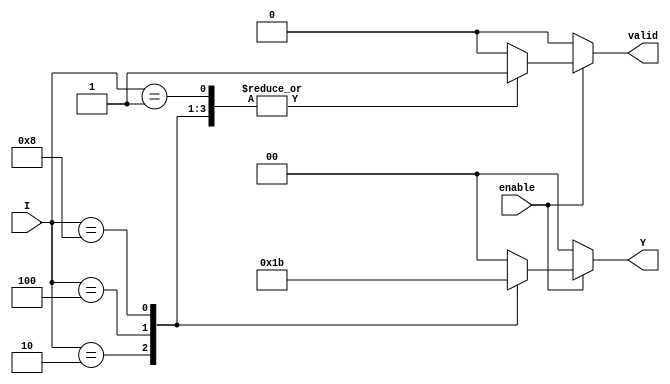
module binary_encoder (
    input wire [3:0] I,      // 4 input lines
    input wire enable,       // Enable signal
    output reg [1:0] Y,      // 2 output lines
    output reg valid         // Valid output signal
);
    
    always @(*) begin
        if (enable) begin
            case (I)
                4'b0001: begin
                    Y = 2'b00; // I0 is active
                    valid = 1'b1;
                end
                4'b0010: begin
                    Y = 2'b01; // I1 is active
                    valid = 1'b1;
                end
                4'b0100: begin
                    Y = 2'b10; // I2 is active
                    valid = 1'b1;
                end
                4'b1000: begin
                    Y = 2'b11; // I3 is active
                    valid = 1'b1;
                end
                default: begin
                    Y = 2'b00; // Default output when no input is active
                    valid = 1'b0; // No valid input
                end
            endcase
        end else begin
            Y = 2'b00; // Output is zero when not enabled
            valid = 1'b0; // No valid input
        end
    end

endmodule